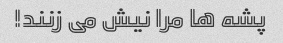
پشه ها مرا نیش می زنند!